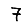
Digit: 7